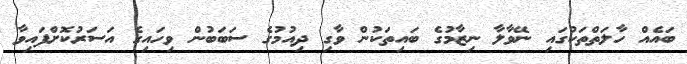
ބައެއް ހާލަތްތަކުގައި ނޭވާލާ ނިޒާމުގެ ބައިތަކުން ވާގި ދިއުމުގެ ސަބަބުން ވިހައިގެ އަސަރުކޮށްފައިވާ